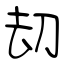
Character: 刧